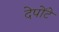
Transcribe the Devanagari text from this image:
देपोंटे